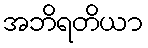
အဘိရတိယာ